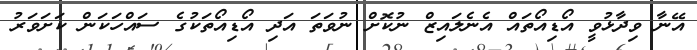
އޭނާ ވިދާޅުވީ އޯޑިއޯތައް އެނެލައިޒް ނުކޮށް ނުވަތަ އަދި އޯޑިއޯތަކުގެ ސައްހަކަން ކަށަވަރު